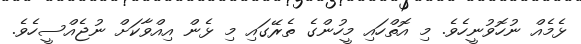
ޅެމެއް ނުހޮވުނީހެވެ. މި އޮތްހައި މީހުންގެ ތެރޭގައި މި ޅެން އިއްވާކަށް ނުޖެއްސީހެވެ.